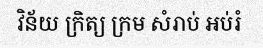
វិន័យ ក្រិត្យ ក្រម សំរាប់ អប់រំ